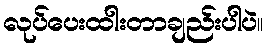
လုပ်ပေးထါးတာချည်းပါပဲ။